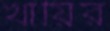
খায়ির